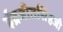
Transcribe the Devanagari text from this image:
ईंद्रजीतसिंहजी